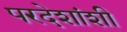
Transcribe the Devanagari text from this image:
परदेशांशी